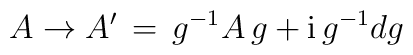
A \to A' \, = \, g^{-1}A \, g + {\rm i} \, g^{-1}d g